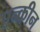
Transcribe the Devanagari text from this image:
एन्क्रीन